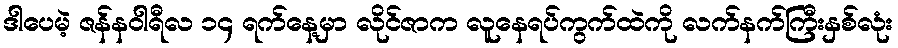
ဒါပေမဲ့ ဇန်နဝါရီလ ၁၄ ရက်နေ့မှာ လိုင်ဇာက လူနေရပ်ကွက်ထဲကို လက်နက်ကြီးနှစ်လုံး